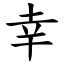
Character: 幸